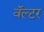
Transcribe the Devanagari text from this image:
वॅल्टर